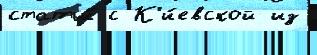
статьи́ с К'и́евской из